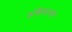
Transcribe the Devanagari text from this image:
इथिकासम